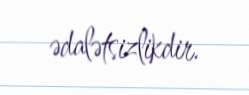
ədalətsizlikdir.